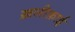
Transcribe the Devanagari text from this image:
ख़लीफ़ाई